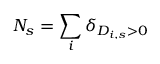
N _ { s } = \sum _ { i } \delta _ { D _ { i , s } > 0 }